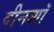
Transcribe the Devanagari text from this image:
दीनशॉ